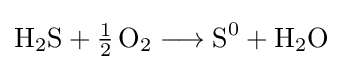
{\mathrm {H} {\vphantom {A}}_{\smash[{t}]{2}}\mathrm {S} {}+{}{\mathchoice {\textstyle {\frac {1}{2}}}{\frac {1}{2}}{\frac {1}{2}}{\frac {1}{2}}}\,\mathrm {O} {\vphantom {A}}_{\smash[{t}]{2}}{}\mathrel {\longrightarrow } {}\mathrm {S} {\vphantom {A}}^{0}{}+{}\mathrm {H} {\vphantom {A}}_{\smash[{t}]{2}}\mathrm {O} }